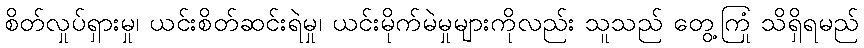
စိတ်လှုပ်ရှားမှု၊ ယင်းစိတ်ဆင်းရဲမှု၊ ယင်းမိုက်မဲမှုများကိုလည်း သူသည် တွေ့ကြုံ သိရှိရမည်